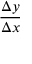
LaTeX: \frac { \Delta y } { \Delta x }